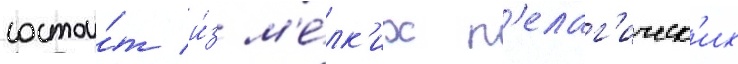
состои́т и́з м'е́лк'их п'елаг'ическ'их